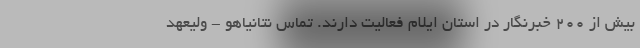
بیش از ۲۰۰ خبرنگار در استان ایلام فعالیت دارند. تماس نتانیاهو - ولیعهد